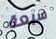
سبعة